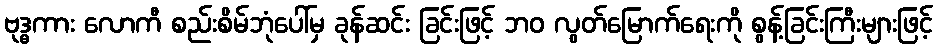
ဗုဒ္ဓကား လောကီ စည်းစိမ်ဘုံပေါ်မှ ခုန်ဆင်း ခြင်းဖြင့် ဘဝ လွတ်မြောက်ရေးကို စွန့်ခြင်းကြီးများဖြင့်